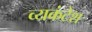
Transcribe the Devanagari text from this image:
व्यकंटेश